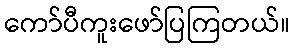
ကော်ပီကူးဖော်ပြကြတယ်။